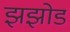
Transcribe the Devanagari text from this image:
झझोड